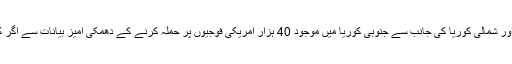
مثال کے طور پر گزشتہ چند ہفتوں سے امریکا میں رونما ہونے والے پرتشدد واقعات اور شمالی کوریا کی جانب سے جنوبی کوریا میں موجود 40 ہزار امریکی فوجیوں پر حملہ کرنے کے دھمکی آمیز بیانات سے اگر کوئی چین کے عزائم کے بارے میں سمجھنا چاہے تو بہت کچھ باآسانی سمجھ سکتاہے۔